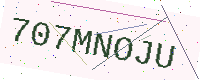
Text: 707MNOJU